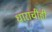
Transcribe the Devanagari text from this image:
धाराचीही